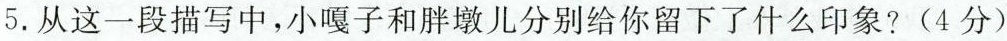
5. 从这一段描写中，小嘎子和胖墩儿分别给你留下了什么印象? (4分)